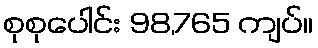
စုစုပေါင်း 98,765 ကျပ်။